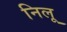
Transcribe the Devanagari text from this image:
निलू